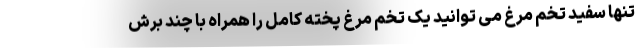
تنها سفید تخم مرغ می توانید یک تخم مرغ پخته کامل را همراه با چند برش